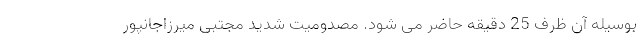
بوسیله آن ظرف 25 دقیقه حاضر می شود. مصدومیت شدید مجتبی میرزاجانپور